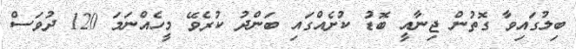
ބިލުގައިވާ ގޮތުން ޖިނާއީ ބޮޑު ކުށެއްގައި ބަންދު ކުރެވޭ މީހެއްނަމަ 120 ދުވަސް